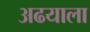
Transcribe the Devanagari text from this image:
अढयाला